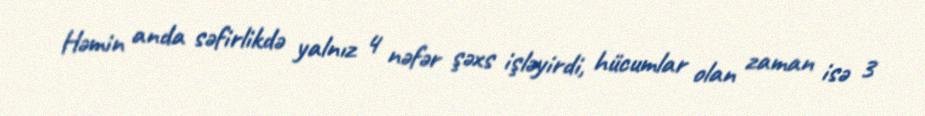
Həmin anda səfirlikdə yalnız 4 nəfər şəxs işləyirdi, hücumlar olan zaman isə 3